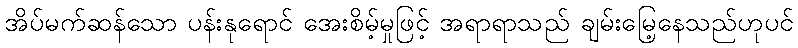
အိပ်မက်ဆန်သော ပန်းနုရောင် အေးစိမ့်မှုဖြင့် အရာရာသည် ချမ်းမြေ့နေသည်ဟုပင်